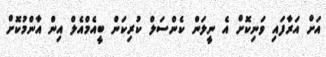
އަށް އަރާފައި ވަނިކޮށް އެ ނީލަން ކެންސަލް ކުރިކަން ބީއެމްއެލް އިން އާންމުކޮށް